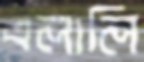
এলালি